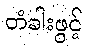
တံခါးဖွင့်